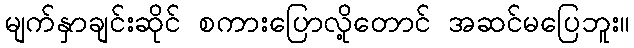
မျက်နှာချင်းဆိုင် စကားပြောလို့တောင် အဆင်မပြေဘူး။